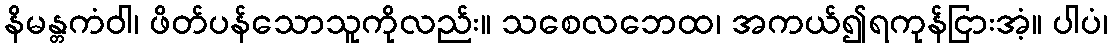
နိမန္တကံဝါ၊ ဖိတ်ပန်သောသူကိုလည်း။ သစေလဘေထ၊ အကယ်၍ရကုန်ငြားအံ့။ ပါပံ၊